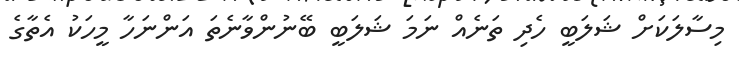
މިސާލަކަށް ޝަލަބީ ހެދި ތަނެއް ނަމަ ޝަލަބީ ބޭނުންވާނެތަ އަންނަހާ މީހަކު އެތާގެ